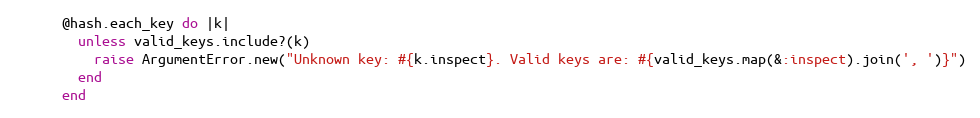
Language: Ruby
      @hash.each_key do |k|
        unless valid_keys.include?(k)
          raise ArgumentError.new("Unknown key: #{k.inspect}. Valid keys are: #{valid_keys.map(&:inspect).join(', ')}")
        end
      end